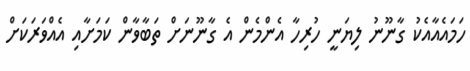
ހަމައެއާއެކު ގާނޫނު ލިޔަނީ ހުރިހާ އެންމެން އެ ގާނޫނަށް ތަބާވާން ކަމަށާއި އެއްވަރަކަށް